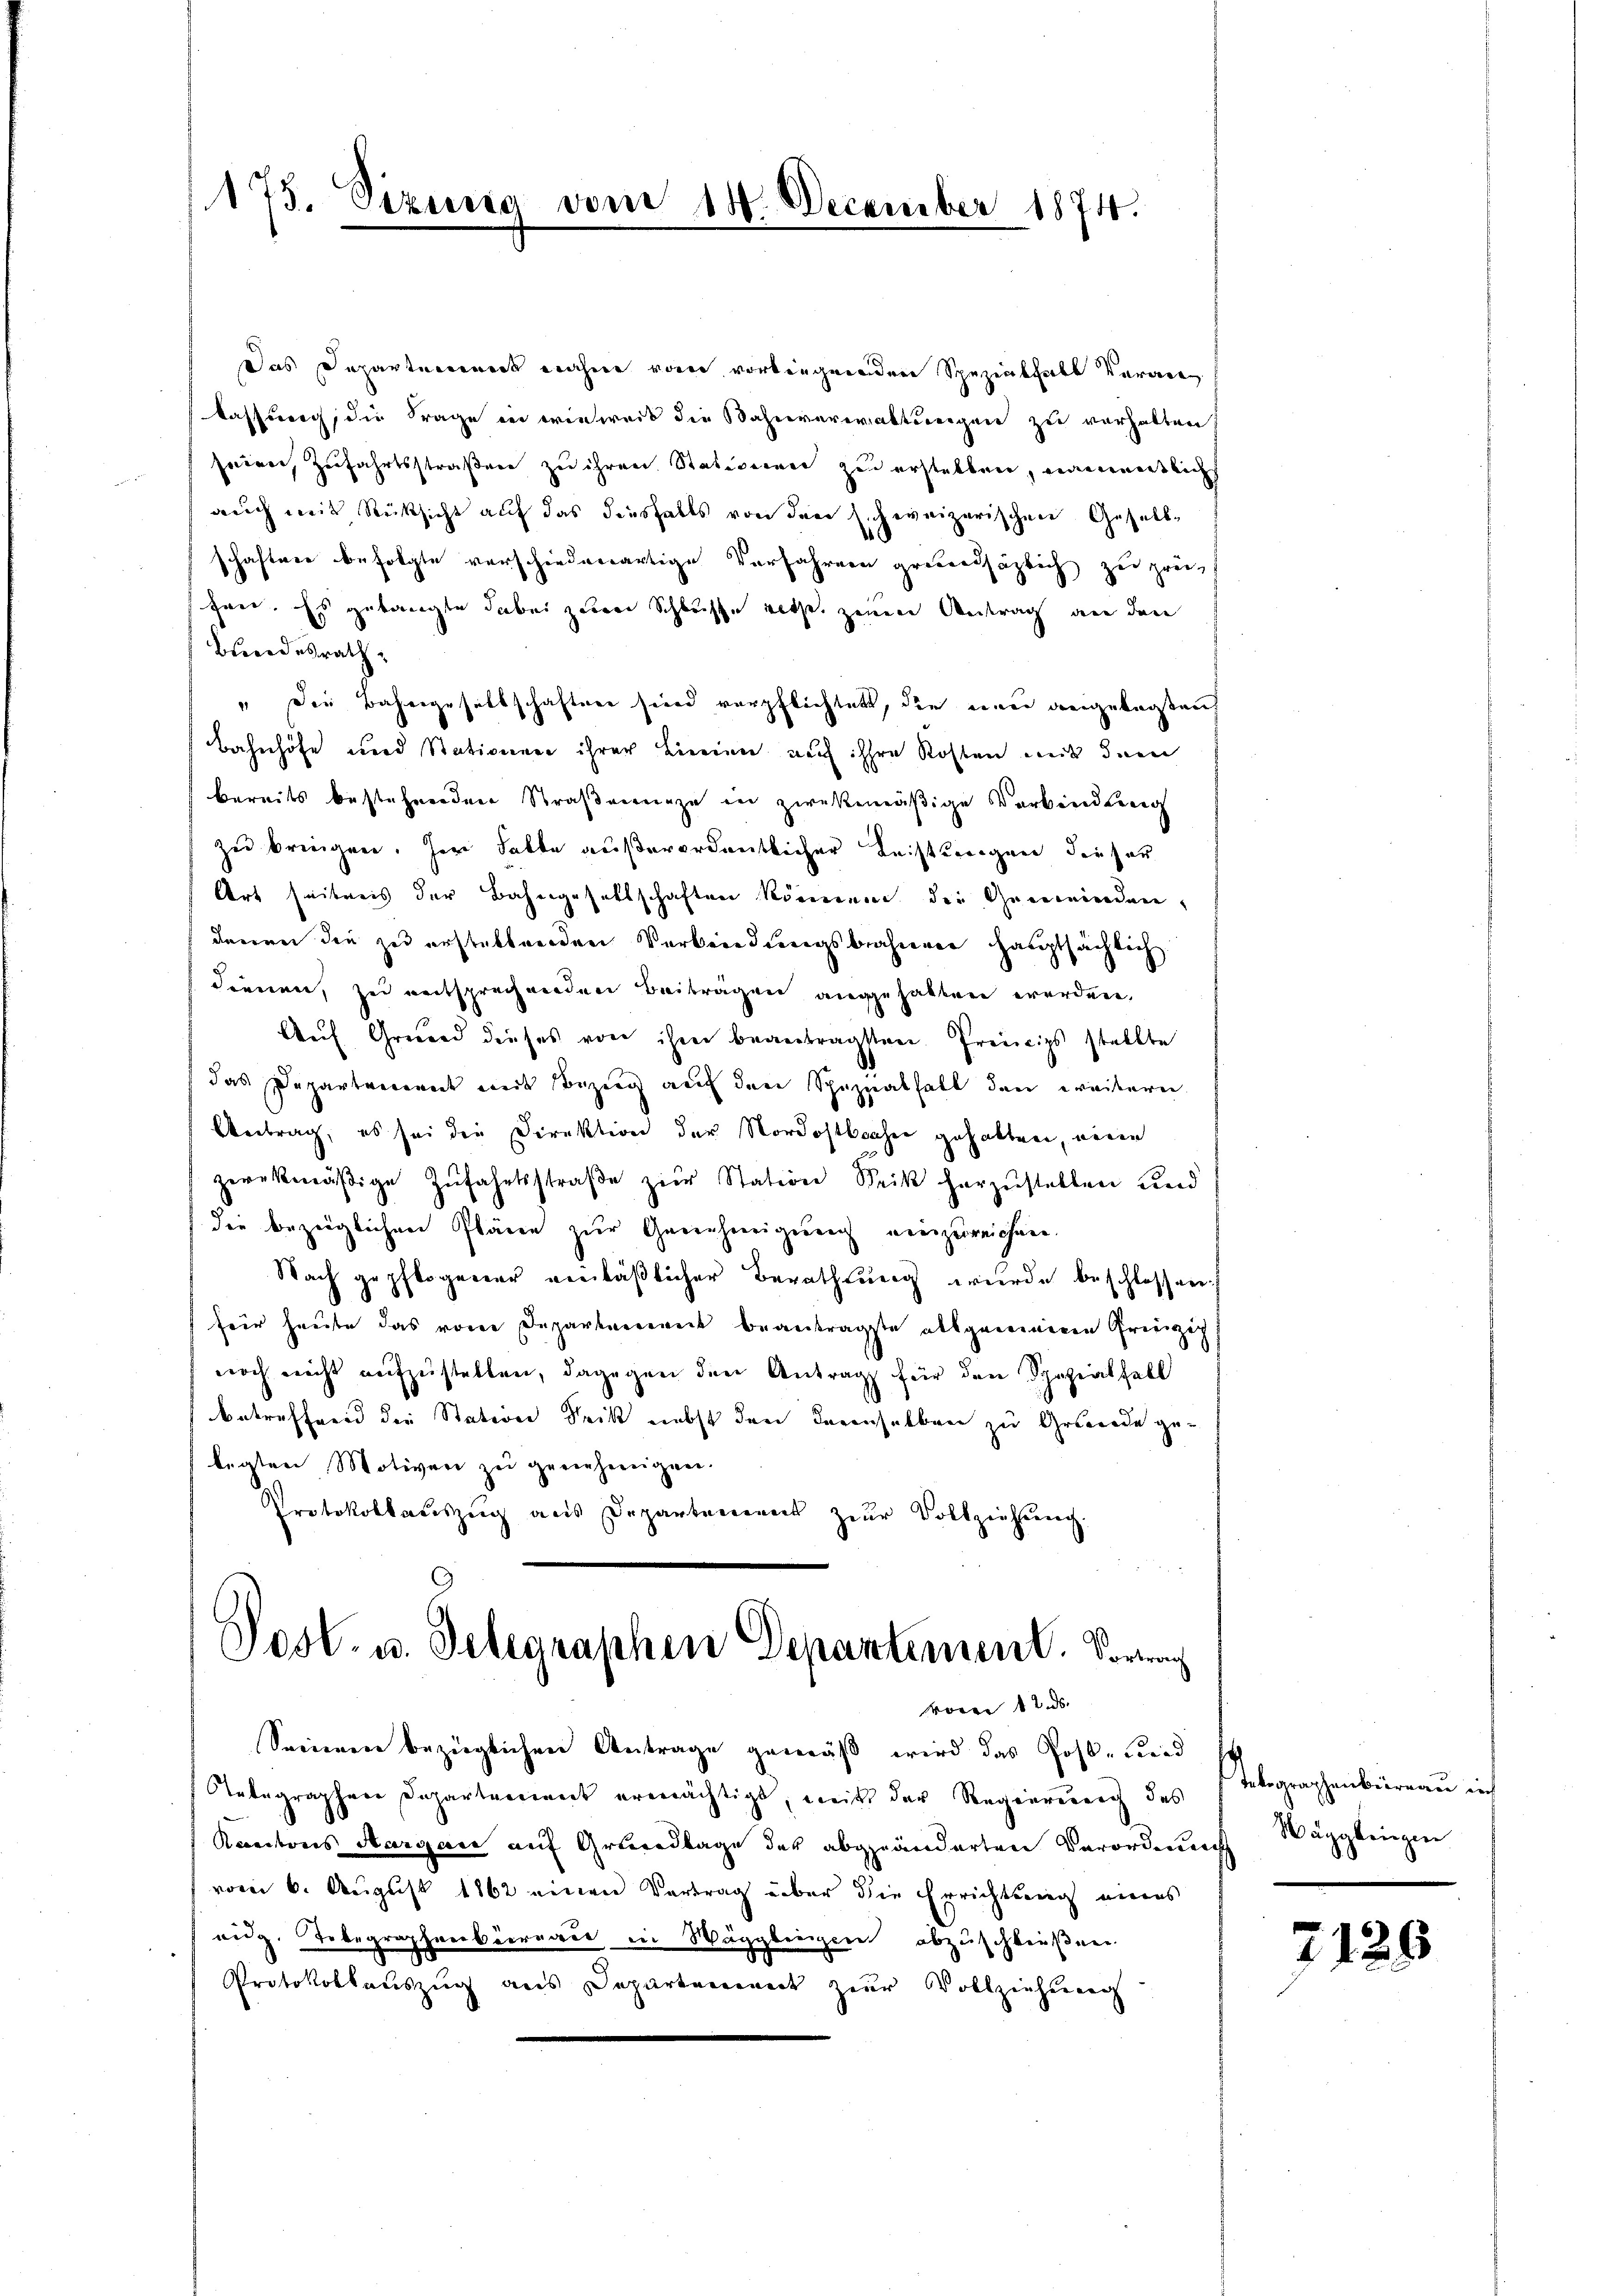
173. Sizuria vom 18. December 1874.

Das Departennert nahme vom vorliegenden Spezenthals Verane
lassung, die Frage in wieweis die Bahnverwaltungen zu verhalten,
seien, Zufahrtsstraßen zu ihren Stativerner zu erstellen, einemmentlich
auch mit Rücksicht auf das diesfalls von den sichereizerischen Gesellschaften befolgte verschiedenartige Verfahren groedsäglich zu preihen. Es gelangte dabei zum Schlusse gethe zenein Antrag an den
Bundesrath
" Die Bahngesaltschaftung sind verpflichtet, die einer angelegenh
Bahnhöfe und Stationen ihrer Linien auf ihre Kosten mit dem
bereits bestehenden Straßenunge in zwekmäßige Verbindung
zu bringen. Her Falte außerordentlicher Leistlingen dieser
Art seitens der Bahngesellschaften können der Gemeinden,
denen die zu erstellenden Verbindungsbrahieren hauptsächlich
dienen, zu entsprechenden Beitragen angehabten worden,
Auf Grund dieses von ihm beantragsten Freinzips stellte
das Departement mit Bezug auf den Speziathalt den weitern
Antrag, es sei die Direktion der Nordostbraher gehalten, wenn
zerükmäβige Zŭfahrtsstraβe zŭr Station Brik herzŭstellen und
die bezüglichen Pläne zur Genehmigung einzureichen.
Nach gepflogener verläßlicher Berathung wurde beschlossen.
für heute das von Departement beantragste allgemeinen Grizich
noch nicht aufzustellen, dagegen den Antrag für den Spezialfall
betreffend die Station dritt nebst den Freinselben zu Grunde gelegten Motiven zu gerieheneigen.
Protokollauszug aus Departement zur Vollziehung.
Post. u. Gelegraphen Departement. Vorang

vom 12. ds.

Sacienen bezüglichen Antrage gemäß wird das Post- Leid
Natagraphere Departement ermächtigt, weitt der Regierung des
Rantons Aargare auf Grundlage des abgeänderten Verordnung
vom 6. August 1862 einen Vortrag über die Errichtung eines
eidg. Telegraphenbüreaus in Wäggbringen abzuschließenen.
Protokollauszug aus Departement zur Vollziehung

Telegraphenbüreau in
Wägglingen

2129